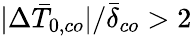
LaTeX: |\Delta\bar{T}_{0,co}|/\bar{\delta}_{co}>2